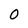
Character: 0